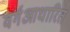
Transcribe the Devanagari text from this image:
वर्गआधारित